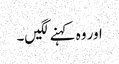
اور وہ کہنے لگیں۔